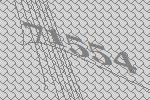
71554